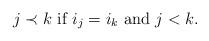
LaTeX: \begin{align*}\mbox{$j \prec k$ if $i_j = i_k$ and $j<k$.}\end{align*}